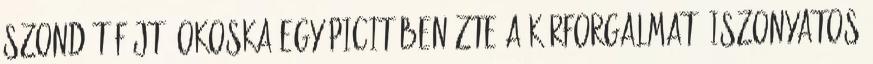
szondát fújt 9Okoska egy picit benézte a körforgalmat, iszonyatos